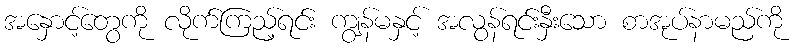
အနှောင့်တွေကို လိုက်ကြည့်ရင်း ကျွန်မနှင့် အလွန်ရင်းနှီးသော စာအုပ်နာမည်ကို